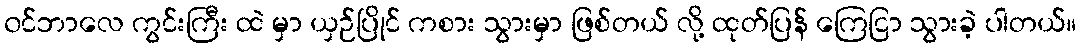
၀င်ဘာလေ ကွင်းကြီး ထဲ မှာ ယှဉ်ပြိုင် ကစား သွားမှာ ဖြစ်တယ် လို့ ထုတ်ပြန် ကြေငြာ သွားခဲ့ ပါတယ်။